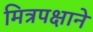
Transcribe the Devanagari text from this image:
मित्रपक्षाने